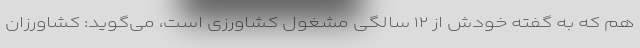
هم که به گفته خودش از ۱۲ سالگی مشغول کشاورزی است، می‌گوید: کشاورزان